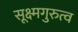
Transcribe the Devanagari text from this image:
सूक्ष्मगुरुत्व